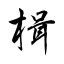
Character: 楫